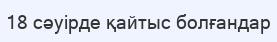
18 сәуірде қайтыс болғандар